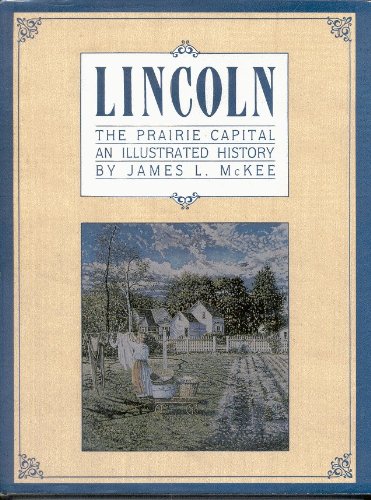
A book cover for Lincoln: The Prairie Capital; James L. McKee; Travel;